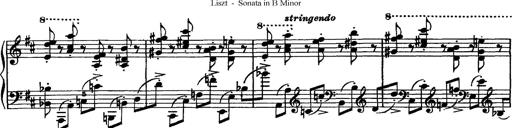
Title: Piano Sonata
Composer: Karl HÃ¤ssler
Key: C major